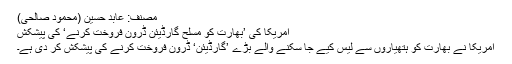
مصنف: عابد حسین (محمود صالحی)
امریکا کی ’بھارت کو مسلح گارڈیئن ڈرون فروخت کرنے‘ کی پیشکش
امریکا نے بھارت کو ہتھیاروں سے لیس کیے جا سکنے والے بڑے ’گارڈیئن‘ ڈرون فروخت کرنے کی پیشکش کر دی ہے۔